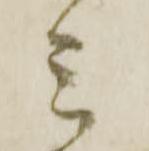
ミ